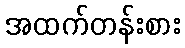
အထက်တန်းစား